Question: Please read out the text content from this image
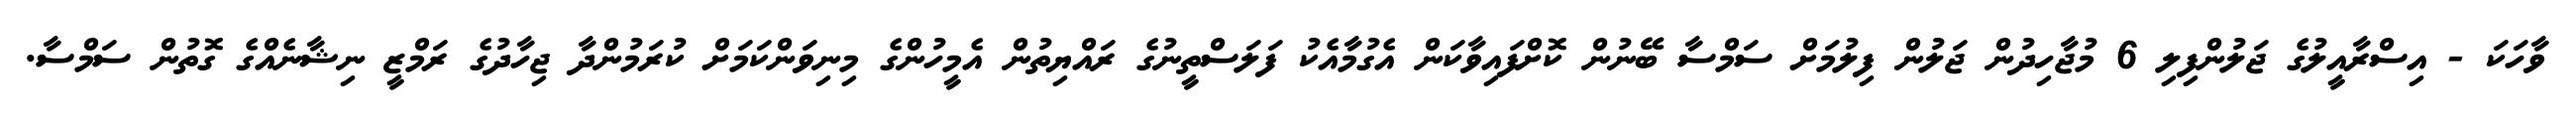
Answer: ވާހަކަ - އިސްރާއީލުގެ ޖަލުންފިލި 6 މުޖާހިދުން ޖަލުން ފިލުމަށް ސަމްސާ ބޭނުން ކޮށްފައިވާކަން އެގުމާއެކު ފަލަސްތީނުގެ ރައްޔިތުން އެމީހުންގެ މިނިވަންކަމަށް ކުރަމުންދާ ޖިހާދުގެ ރަމްޒީ ނިޝާނެއްގެ ގޮތުން ސަމްސާ.